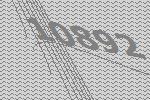
10892